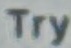
Try